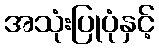
အသုံးပြုပုံနှင့်